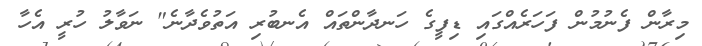
މިރާން ފެނުމުން ފަހަރެއްގައި ޑިފީގެ ހަނދާންތައް އެނބުރި އަތުވެދާނެ" ނަވާލު ހުރީ އެހާ